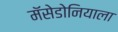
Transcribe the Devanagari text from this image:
मॅसेडोनियाला